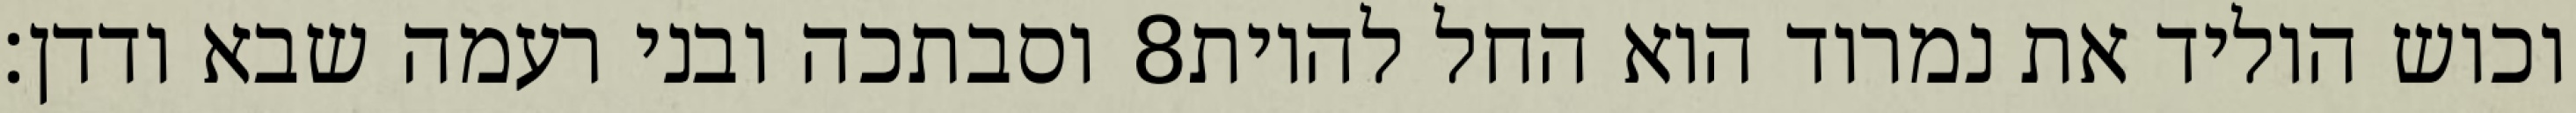
וסבתכה ובני רעמה שבא ודדן׃ ‎8‏ וכוש הוליד את נמרוד הוא החל להיות